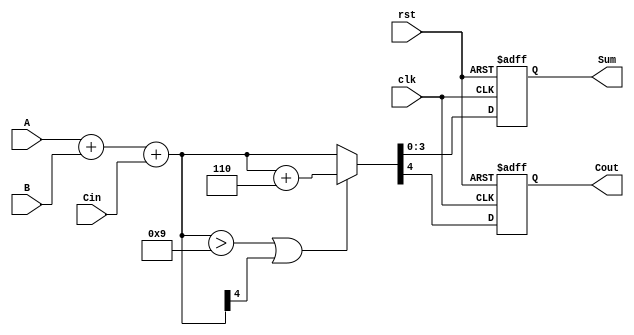
module bcd_pipelined_adder (
    input wire [3:0] A,        // First BCD input
    input wire [3:0] B,        // Second BCD input
    input wire Cin,            // Carry input
    input wire clk,            // Clock input
    input wire rst,            // Reset input
    output reg [3:0] Sum,      // Corrected BCD output
    output reg Cout            // Carry output
);

    // Intermediate signals
    wire [4:0] raw_sum;        // 5-bit raw sum to accommodate carry
    wire correction_needed;     // Signal to indicate if correction is needed
    wire [4:0] corrected_sum;   // Sum after correction

    // Stage 1: BCD Addition
    assign raw_sum = A + B + Cin;

    // Stage 2: BCD Correction Logic
    assign correction_needed = (raw_sum > 5'd9) || (raw_sum[4]);
    assign corrected_sum = correction_needed ? (raw_sum + 5'd6) : raw_sum;

    // Pipelining registers
    reg [4:0] staged_sum;

    always @(posedge clk or posedge rst) begin
        if (rst) begin
            Sum <= 4'b0000;
            Cout <= 0;
            staged_sum <= 5'b00000;
        end else begin
            // Stage 1: Latch the raw sum
            staged_sum <= raw_sum;

            // Stage 2: Output the corrected sum
            Sum <= corrected_sum[3:0];
            Cout <= corrected_sum[4];
        end
    end

endmodule